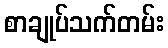
စာချုပ်သက်တမ်း